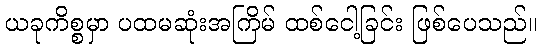
ယခုကိစ္စမှာ ပထမဆုံးအကြိမ် ထစ်ငေါ့ခြင်း ဖြစ်ပေသည်။